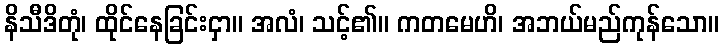
နိသီဒိတုံ၊ ထိုင်နေခြင်းငှာ။ အလံ၊ သင့်၏။ ကတမေဟိ၊ အဘယ်မည်ကုန်သော။